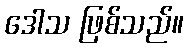
ဒေါသ ဖြစ်သည်။